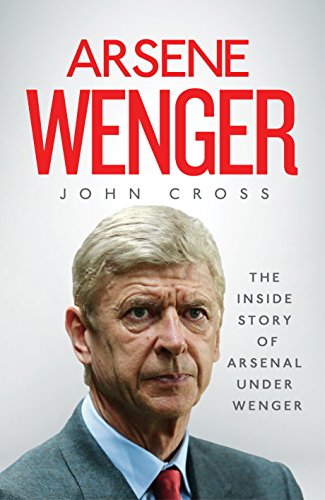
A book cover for Arsene Wenger: The Inside Story of Arsenal Under Wenger; John Cross; Biographies & Memoirs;